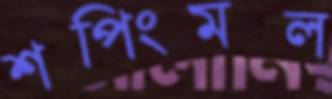
শপিংমল